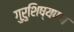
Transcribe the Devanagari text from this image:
गुरुशिष्यपण